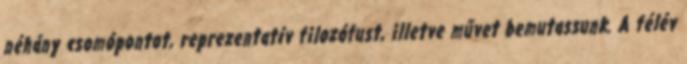
néhány csomópontot, reprezentatív filozófust, illetve művet bemutassunk. A félév